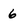
Character: 6